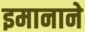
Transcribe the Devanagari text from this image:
इमानाने